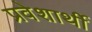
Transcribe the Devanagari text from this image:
प्रवेशार्थी